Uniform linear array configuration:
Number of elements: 8
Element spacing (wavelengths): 0.25
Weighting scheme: blackman
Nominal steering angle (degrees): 30
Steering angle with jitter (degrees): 30.113
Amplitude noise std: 0.05
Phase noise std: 0.05

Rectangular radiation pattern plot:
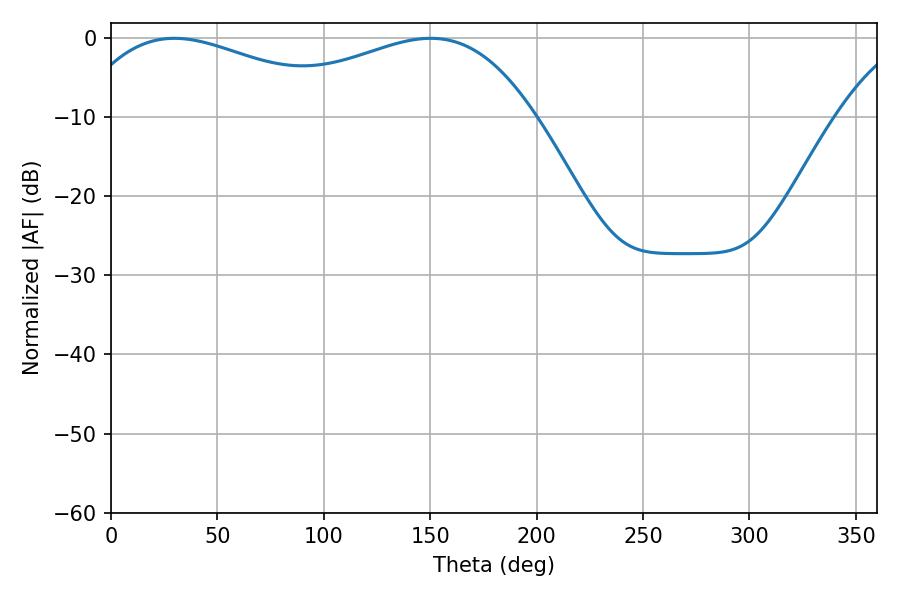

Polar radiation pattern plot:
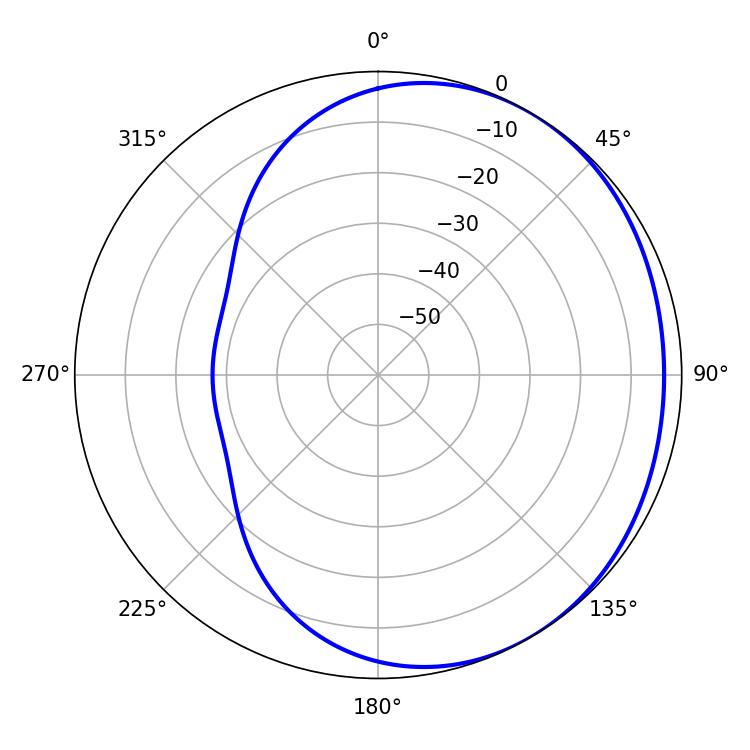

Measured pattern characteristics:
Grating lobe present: FALSE
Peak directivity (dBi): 1.782
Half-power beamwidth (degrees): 73.44
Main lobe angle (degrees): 29.7